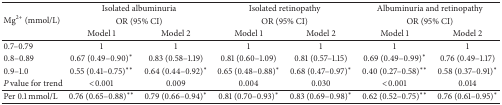
<table><thead><tr><td rowspan="3"><b>Mg<sup>2+</sup> (mmol/L)</b></td><td colspan="2"><b>Isolated albuminuria</b></td><td colspan="2"><b>Isolated retinopathy</b></td><td colspan="2"><b>Albuminuria and retinopathy</b></td></tr><tr><td colspan="2"><b>OR (95% CI)</b></td><td colspan="2"><b>OR (95% CI)</b></td><td colspan="2"><b>OR (95% CI)</b></td></tr><tr><td><b>Model 1</b></td><td><b>Model 2</b></td><td><b>Model 1</b></td><td><b>Model 2</b></td><td><b>Model 1</b></td><td><b>Model 2</b></td></tr></thead><tbody><tr><td> 0.7–0.79 </td><td>1</td><td>1</td><td>1</td><td>1</td><td>1</td><td>1</td></tr><tr><td> 0.8–0.89 </td><td>0.67 (0.49–0.90)<sup><i>∗</i></sup></td><td>0.83 (0.58–1.19)</td><td>0.81 (0.60–1.09)</td><td>0.81 (0.57–1.15)</td><td>0.69 (0.49–0.99)<sup><i>∗</i></sup></td><td>0.76 (0.49–1.17)</td></tr><tr><td>0.9–1.0</td><td>0.55 (0.41–0.75)<sup><i>∗∗</i></sup></td><td>0.64 (0.44–0.92)<sup><i>∗</i></sup></td><td>0.65 (0.48–0.88)<sup><i>∗</i></sup></td><td>0.68 (0.47–0.97)<sup><i>∗</i></sup></td><td>0.40 (0.27–0.58)<sup><i>∗∗</i></sup></td><td>0.58 (0.37–0.91)<sup><i>∗</i></sup></td></tr><tr><td><i>P </i>value for trend</td><td>&lt;0.001</td><td>0.009</td><td>0.004</td><td>0.030</td><td>&lt;0.001</td><td>0.014</td></tr><tr><td>Per 0.1 mmol/L</td><td>0.76 (0.65–0.88)<sup><i>∗∗</i></sup></td><td>0.79 (0.66–0.94)<sup><i>∗</i></sup></td><td>0.81 (0.70–0.93)<sup><i>∗</i></sup></td><td>0.83 (0.69–0.98)<sup><i>∗</i></sup></td><td>0.62 (0.52–0.75)<sup><i>∗∗</i></sup></td><td>0.76 (0.61–0.95)<sup><i>∗</i></sup></td></tr></tbody></table>